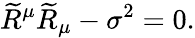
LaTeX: \widetilde{R}^{\mu}\widetilde{R}_{\mu}-\sigma^{2}=0.